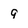
Character: 9